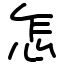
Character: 怎